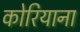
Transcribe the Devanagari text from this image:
कोरियाना